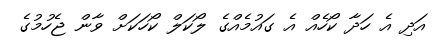
އަދި އެ ހަދާ ކޯހެއް އެ ގައުމެއްގެ ލޯކަލް ކޯހަކަށް ވާން ޖެހުމުގެ